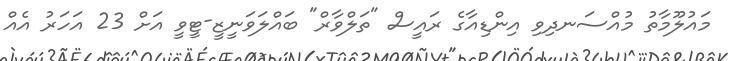
މައުލޫމާތު މުއްސަނދިވި އިންޑިއާގެ ރައީސް "ތަލްވާރް" ބައްލަވަނީޒީ-ޓީވީ އަށް 23 އަހަރު އެއް